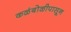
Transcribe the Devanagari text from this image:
कळंबोळीपासून